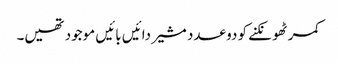
کمر ٹھونکنے کو دو عدد مشیر دائیں بائیں موجود تھیں۔